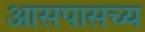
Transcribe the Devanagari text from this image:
आसपासच्य